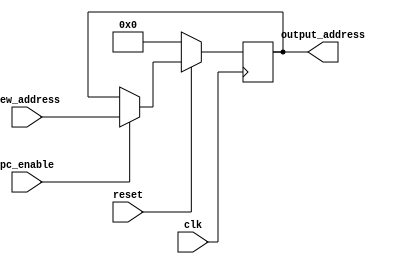
`timescale 1ns / 1ps
//////////////////////////////////////////////////////////////////////////////////
// Company: 
// Engineer: 
// 
// Design Name: 
// Module Name:    PC 
// Project Name: 
// Target Devices: 
// Tool versions: 
// Description: 
//
// Dependencies: 
//
// Revision: 
// Revision 0.01 - File Created
// Additional Comments: 
//
//////////////////////////////////////////////////////////////////////////////////
module PC(
    input [31:0] new_address,
    input clk, 
    input reset,
    input pc_enable,
    (* KEEP = "TRUE" *)output reg[31:0] output_address
    );
	 
	always@(posedge clk) begin
		if(reset == 1'b0)  
			output_address <= 32'b0;
		else 
			output_address <= (pc_enable == 1)? new_address : output_address;
	end
	
endmodule